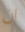
ان